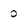
Character: 0